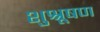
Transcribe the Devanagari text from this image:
शुश्रूषण